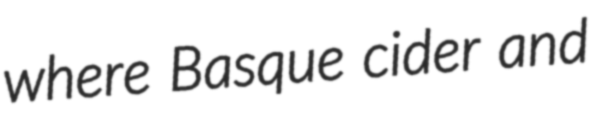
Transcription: where Basque cider and